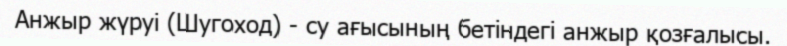
Анжыр жүруі (Шугоход) - су ағысының бетіндегі анжыр қозғалысы.